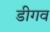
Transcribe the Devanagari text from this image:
डीगव